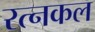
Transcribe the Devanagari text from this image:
रत्नकल